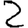
Digit: 2